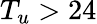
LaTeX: T_{u}>24